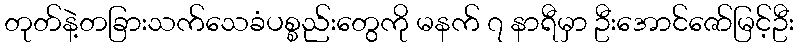
တုတ်နဲ့တခြားသက်သေခံပစ္စည်းတွေကို မနက် ၇ နာရီမှာ ဦးအောင်ဇော်မြင့်ဦး